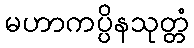
မဟာကပ္ပိနသုတ္တံ